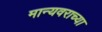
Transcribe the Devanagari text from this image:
मान्यवराच्या